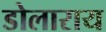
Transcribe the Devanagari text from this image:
डोलाराय